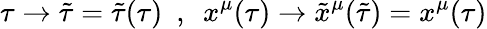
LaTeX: \tau\rightarrow\tilde{\tau}=\tilde{\tau}(\tau)\ \ ,\ \ x^{\mu}(\tau)\rightarrow\tilde{x}^{\mu}(\tilde{\tau})=x^{\mu}(\tau)